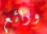
ورائع